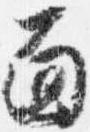
面